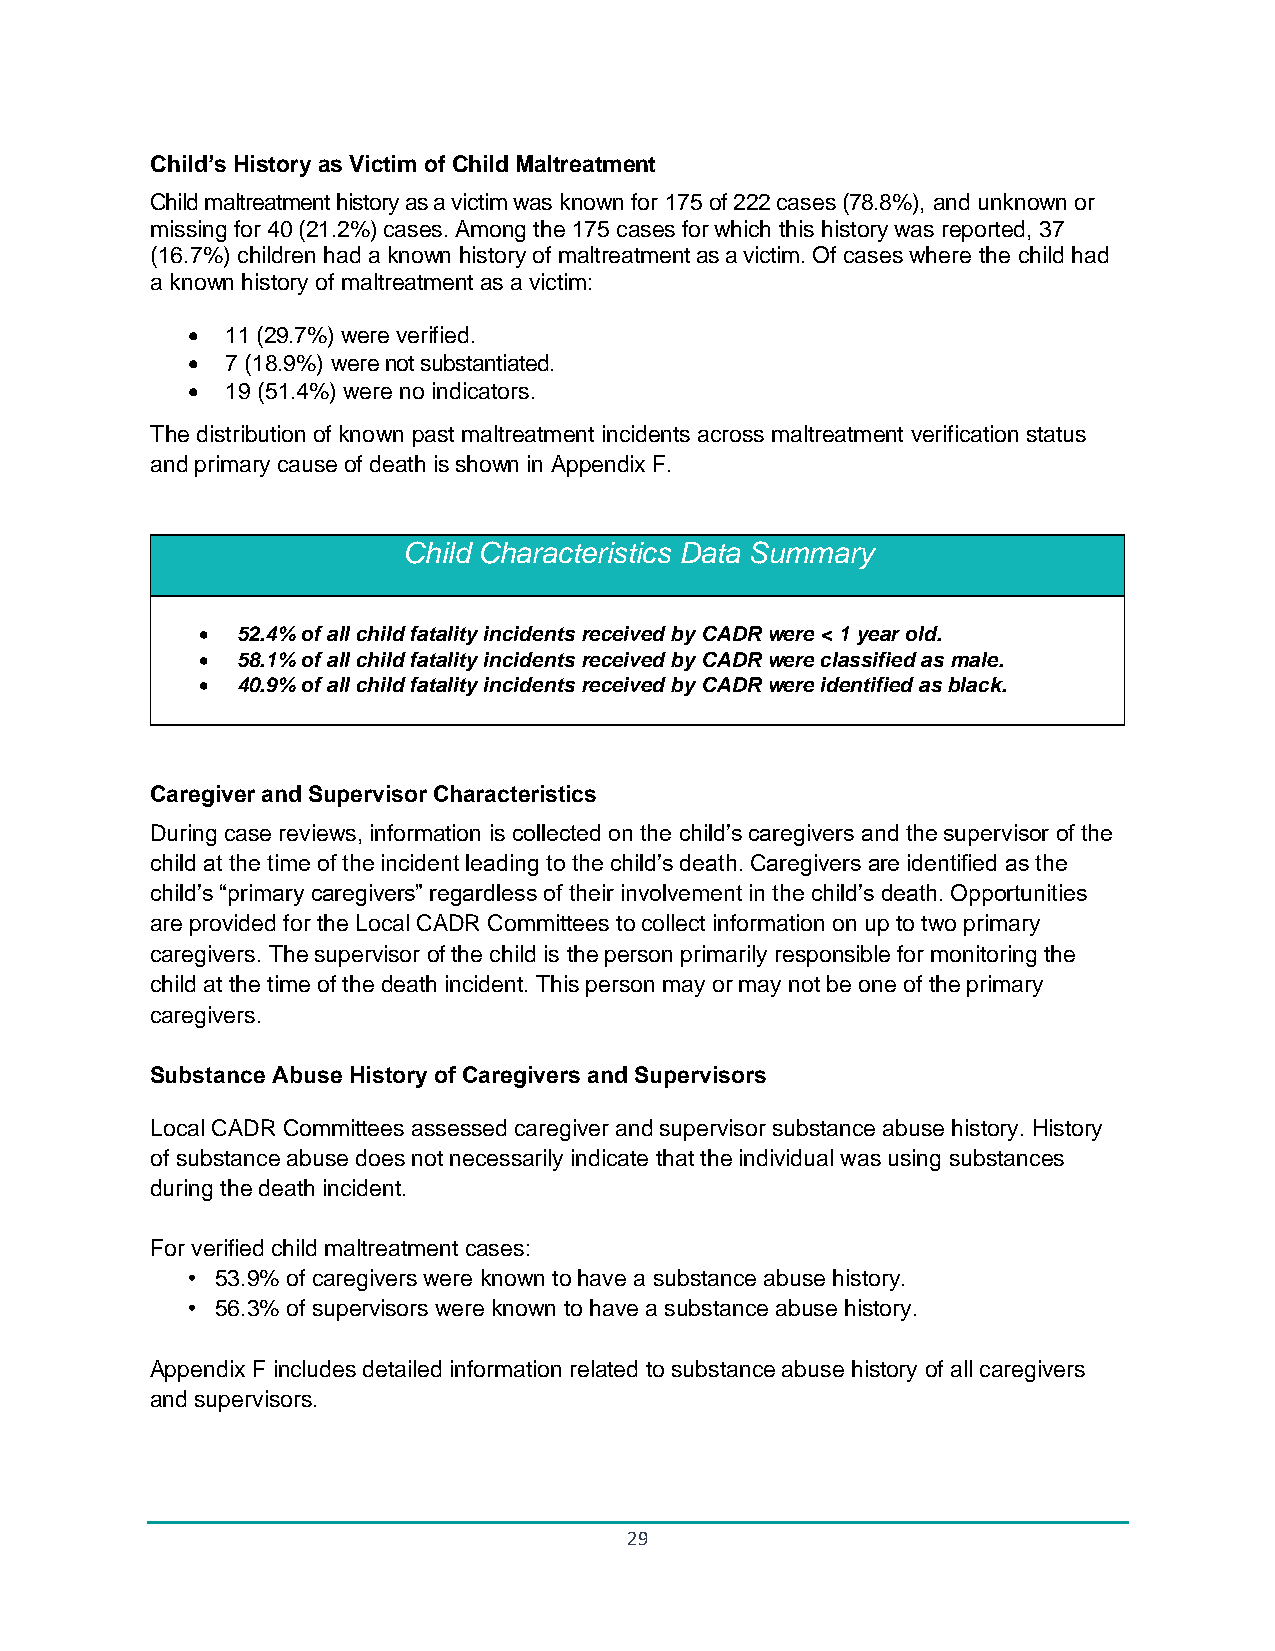
Child’s History as Victim of Child Maltreatment
 Child maltreatment history as a victim was known for 175 of 222 cases (78.8%), and unknown or
 missing for 40 (21.2%) cases. Among the 175 cases for which this history was reported, 37
 (16.7%) children had a known history of maltreatment as a victim. Of cases where the child had
 a known history of maltreatment as a victim:
 •  11 (29.7%) were verified.
 •  7 (18.9%) were not substantiated.
 •  19 (51.4%) were no indicators.
 The distribution of known past maltreatment incidents across maltreatment verification status
 and primary cause of death is shown in Appendix F.
 Child Characteristics Data Summary
 •  52.4% of all child fatality incidents received by CADR were < 1 year old.
 •  58.1% of all child fatality incidents received by CADR were classified as male.
 •  40.9% of all child fatality incidents received by CADR were identified as black.
 Caregiver and Supervisor Characteristics
 During case reviews, information is collected on the child’s caregivers and the supervisor of the
 child at the time of the incident leading to the child’s death. Caregivers are identified as the
 child’s “primary caregivers” regardless of their involvement in the child’s death. Opportunities
 are provided for the Local CADR Committees to collect information on up to two primary
 caregivers. The supervisor of the child is the person primarily responsible for monitoring the
 child at the time of the death incident. This person may or may not be one of the primary
 caregivers.
 Substance Abuse History of Caregivers and Supervisors
 Local CADR Committees assessed caregiver and supervisor substance abuse history. History
 of substance abuse does not necessarily indicate that the individual was using substances
 during the death incident.
 For verified child maltreatment cases:
 • 53.9% of caregivers were known to have a substance abuse history.
 • 56.3% of supervisors were known to have a substance abuse history.
 Appendix F includes detailed information related to substance abuse history of all caregivers
 and supervisors.
 29